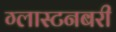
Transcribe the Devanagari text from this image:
ग्लास्टनबरी